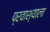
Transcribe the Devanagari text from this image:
प्रवाश्याला